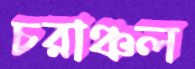
চরাঞ্চল